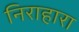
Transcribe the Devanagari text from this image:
निराहारा